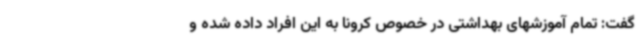
گفت: تمام آموزشهای بهداشتی در خصوص کرونا به این افراد داده شده و